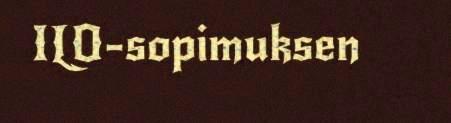
ILO-sopimuksen